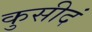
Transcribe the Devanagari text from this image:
कुसीदं